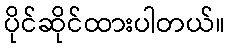
ပိုင်ဆိုင်ထားပါတယ်။